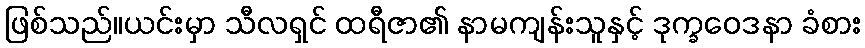
ဖြစ်သည်။ယင်းမှာ သီလရှင် ထရီဇာ၏ နာမကျန်းသူနှင့် ဒုက္ခဝေဒနာ ခံစား